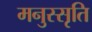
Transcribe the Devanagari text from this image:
मनुस्सृति